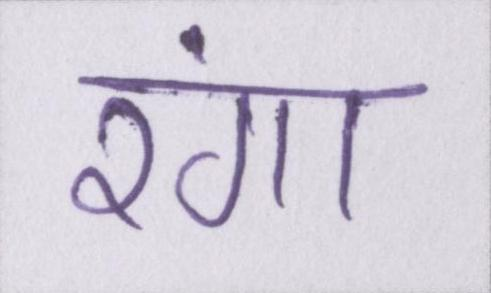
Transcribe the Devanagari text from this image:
रंगा